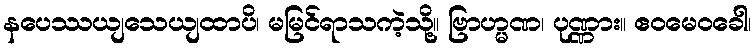
နပေဿယျသေယျထာပိ၊ မမြင်ရာသကဲ့သို့။ ဗြာဟ္မဏ၊ ပုဏ္ဏား။ ဧဝမေဝခေါ၊